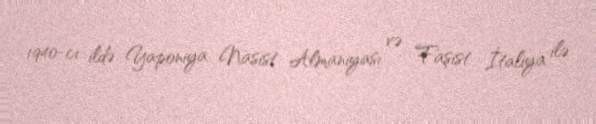
1940-cı ildə Yaponiya Nasist Almaniyası və Faşist İtaliya ilə